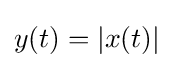
y(t)=|x(t)|